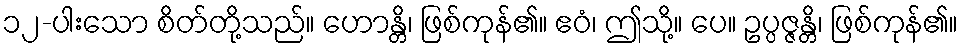
၁၂-ပါးသော စိတ်တို့သည်။ ဟောန္တိ၊ ဖြစ်ကုန်၏။ ဧဝံ၊ ဤသို့။ ပေ။ ဥပ္ပဇ္ဇန္တိ၊ ဖြစ်ကုန်၏။